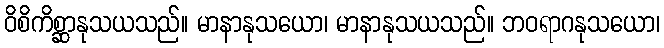
ဝိစိကိစ္ဆာနုသယသည်။ မာနာနုသယော၊ မာနာနုသယသည်။ ဘဝရာဂနုသယော၊